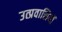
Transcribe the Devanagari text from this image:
उत्प्रवासियों